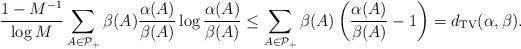
LaTeX: \begin{align*}\frac{1-M^{-1}}{\log M}\sum_{A\in\mathcal{P}_{+}}\beta(A)\frac{\alpha(A)}{\beta(A)}\log\frac{\alpha(A)}{\beta(A)}\le\sum_{A\in\mathcal{P}_{+}}\beta(A)\left(\frac{\alpha(A)}{\beta(A)}-1\right)=d_{{\rm TV}}(\alpha,\beta).\end{align*}